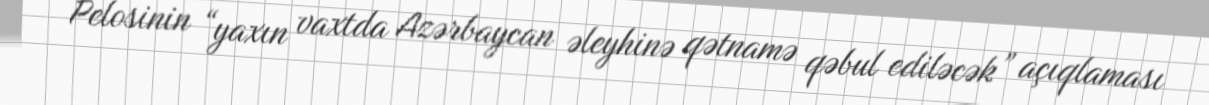
Pelosinin “yaxın vaxtda Azərbaycan əleyhinə qətnamə qəbul ediləcək” açıqlaması